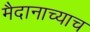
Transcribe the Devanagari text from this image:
मैदानाच्याच